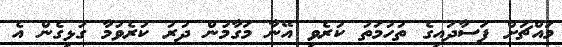
މައްޗަށް ފަސާދައިގެ ތުހުމަތު ކުރެވި އޭނާ މަގާމުން ދުރު ކުރެވުމާ ގުޅިގެން އެ